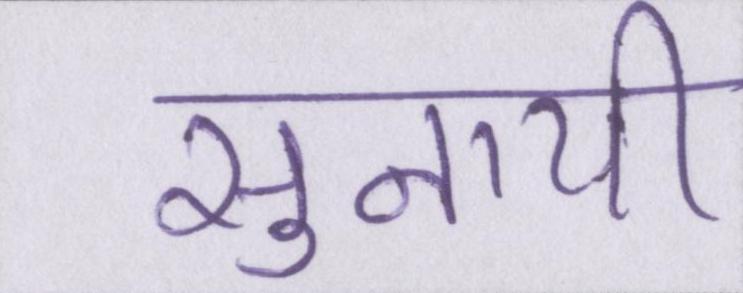
सुनायी